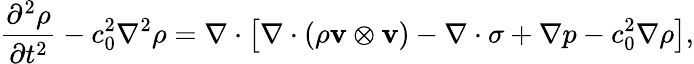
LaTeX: {\frac{\partial^{2}\rho}{\partial t^{2}}}-c_{0}^{2}\nabla^{2}\rho=\nabla\cdot\left[\nabla\cdot(\rho\mathbf{v}\otimes\mathbf{v})-\nabla\cdot\sigma+\nabla p-c_{0}^{2}\nabla\rho\right],